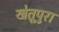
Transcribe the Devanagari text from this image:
खेतूपुरा